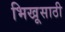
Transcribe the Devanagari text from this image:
भिखूसाठी